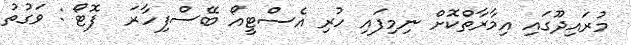
މުރައިދޫގައި އިމާރާތްކޮށް ނިމިފައި ހުރި އެސްޓީއޯ ބޭސްފިހާރަ  ފޮޓޯ : ވަގުތު